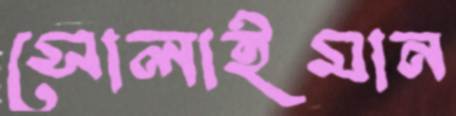
সোলাইমান